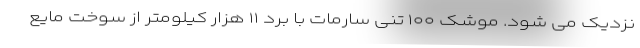
نزدیک می شود. موشک ۱۰۰ تنی سارمات با برد ۱۱ هزار کیلومتر از سوخت مایع